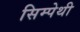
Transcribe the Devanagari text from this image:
सिम्पेथी